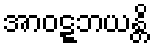
အာဝဋ္ဋဘယန္တိ